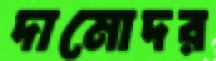
দামোদর